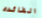
الفائده